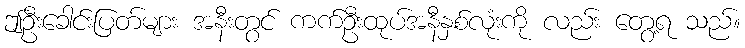
ဤဦးခေါင်းပြတ်များ အနီးတွင် ကက်ဦးထုပ်အနီနှစ်လုံးကို လည်း တွေ့ရ သည်။